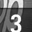
Digit: 3